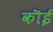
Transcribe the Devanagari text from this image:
कॊई